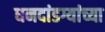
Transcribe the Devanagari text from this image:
धनदांडग्यांच्या